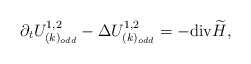
\begin{align*}\partial_{t}U^{1,2}_{(k)_{odd}}-\Delta U^{1,2}_{(k)_{odd}}= -{\rm div}\widetilde H,\end{align*}